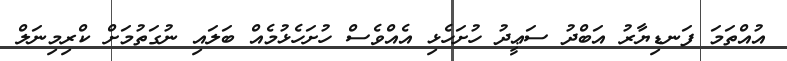
އުއްތަމަ ފަނޑިޔާރު އަބްދު ސަޢީދު ހުށަހެޅި އެއްވެސް ހުށަހެޅުމެއް ބަލައި ނުގަތުމަށް ކްރިމިނަލް